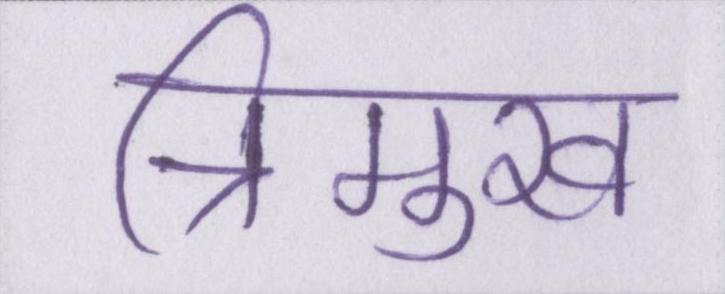
त्रिमुख